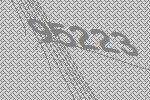
95223